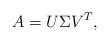
LaTeX: \begin{align*}A = U\Sigma V^T,\end{align*}